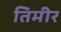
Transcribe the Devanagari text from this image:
तिमीर